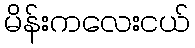
မိန်းကလေးငယ်